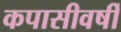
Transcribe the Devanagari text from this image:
कपासीवर्षी